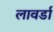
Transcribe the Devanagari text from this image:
लावर्डा